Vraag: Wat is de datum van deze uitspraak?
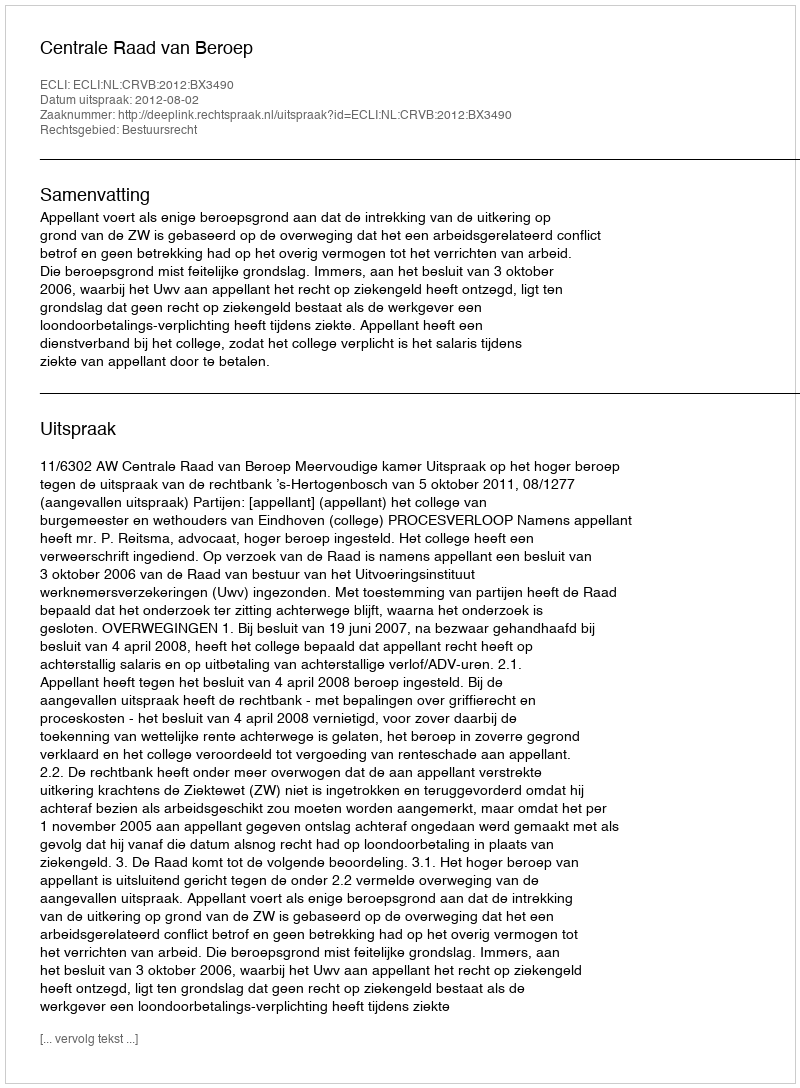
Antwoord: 2012-08-02